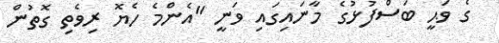
ގެ ވަޙީ ބަސްފުޅުގެ މާނައިގައި ވަނީ "އެންމެ ހެޔޮ ރިވެތި ގޮތުން